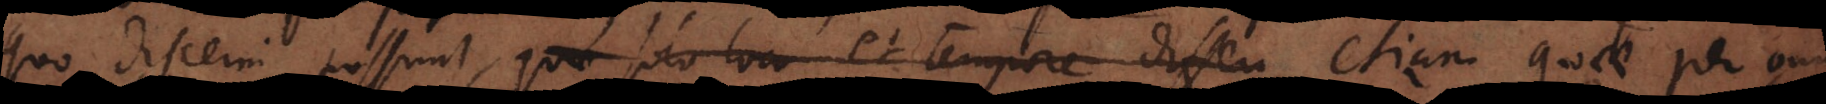
quo discerni possunt, quae solo loco et tempore differr etiam quae per o